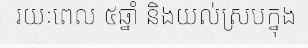
រយៈពេល ៥ឆ្នាំ និងយល់ស្របក្នុង